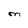
Character: M